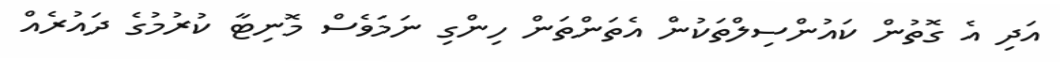
އަދި އެ ގޮތުން ކައުންސިލްތަކުން އެތަންތަން ހިންގި ނަމަވެސް މޮނިޓާ ކުރުމުގެ ދައުރެއް